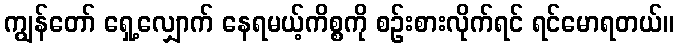
ကျွန်တော် ရှေ့လျှောက် နေရမယ့်ကိစ္စကို စဉ်းစားလိုက်ရင် ရင်မောရတယ်။